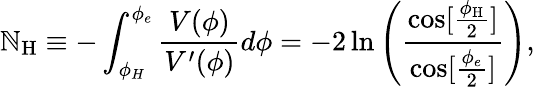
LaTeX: \mathbb{N}_{\mathrm{{H}}}\equiv-\int_{\phi_{H}}^{\phi_{e}}\frac{{V({\phi})}}{{V^{\prime}({\phi})}}d\phi=-2\ln\left(\frac{{\cos[\frac{{\phi_{\mathrm{{H}}}}}{{2}}]}}{{\cos[\frac{{\phi_{e}}}{{2}}]}}\right),